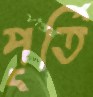
পূর্তি